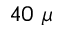
4 0 ~ \mu